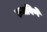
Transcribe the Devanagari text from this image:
रुजविणे